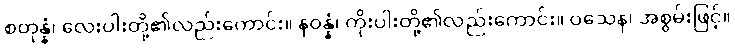
စတုန္နံ၊ လေးပါးတို့၏လည်းကောင်း။ နဝန္နံ၊ ကိုးပါးတို့၏လည်းကောင်း။ ဝသေန၊ အစွမ်းဖြင့်။